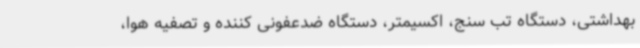
بهداشتی، دستگاه تب سنج، اکسیمتر، دستگاه ضدعفونی کننده و تصفیه هوا،